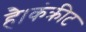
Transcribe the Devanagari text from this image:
है।कंक्रीट